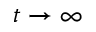
t \to \infty